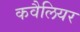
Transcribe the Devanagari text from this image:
कवैलियर